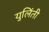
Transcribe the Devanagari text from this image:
युलिंती